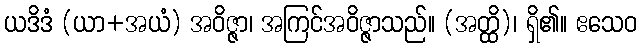
ယဒိဒံ (ယာ+အယံ) အဝိဇ္ဇာ၊ အကြင်အဝိဇ္ဇာသည်။ (အတ္ထိ)၊ ရှိ၏။ ဧသေဝ